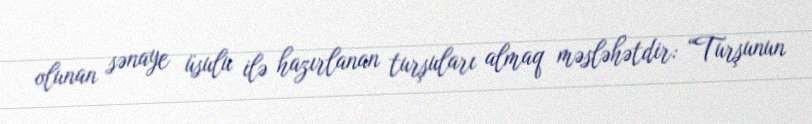
olunan sənaye üsulu ilə hazırlanan turşuları almaq məsləhətdir: “Turşunun